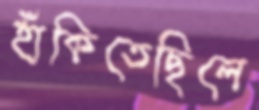
হাঁকিতেছিলে